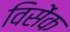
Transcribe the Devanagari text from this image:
विसेंक